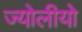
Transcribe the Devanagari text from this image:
ज्योलीयो